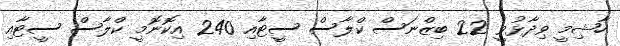
ހާޝިމީ ވިދާޅުވީ 22 ބިޒްނަސް ކްލާސް ސީޓާއި 240 އިކޮނޮމީ ކްލާސް ސީޓާއި